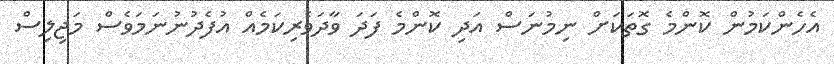
އެހެންކަމުން ކޮންމެ ގޮތަކަށް ނިމުނަސް އަދި ކޮންމެ ފަދަ ވާދަވެރިކަމެއް އުފެދުނުނަމަވެސް މަޖިލިސް